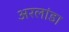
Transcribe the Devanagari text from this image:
अरलांडा